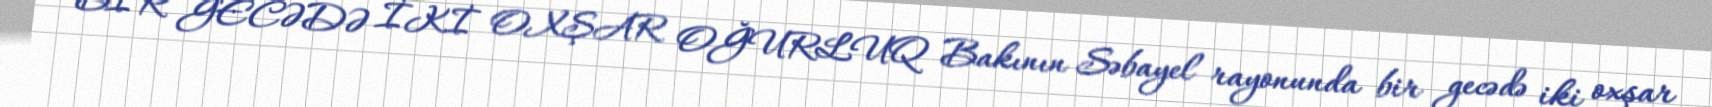
BİR GECƏDƏ İKİ OXŞAR OĞURLUQ Bakının Səbayel rayonunda bir gecədə iki oxşar